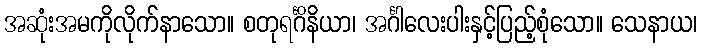
အဆုံးအမကိုလိုက်နာသော။ စတုရင်္ဂိနိယာ၊ အင်္ဂါလေးပါးနှင့်ပြည့်စုံသော။ သေနာယ၊